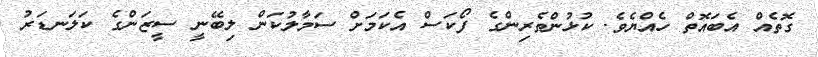
ގޮތެއް އެބައޮތް ހެއްޔެވެ. ކުޅުންތެރިންގެ ފޯކަސް އެކަމަށް ސަމާލުކަން ލިބޭނީ ސީޒަންގެ ކަލަނޑަރު